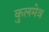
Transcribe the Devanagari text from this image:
कुलमेव